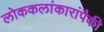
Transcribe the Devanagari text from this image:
लोककलांकारांपैकी